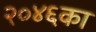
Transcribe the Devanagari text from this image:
२०४६का